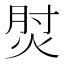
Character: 𰞧